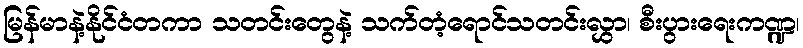
မြန်မာနဲ့နိုင်ငံတကာ သတင်းတွေနဲ့ သက်တံ့ရောင်သတင်းလွှာ၊ စီးပွားရေးကဏ္ဍ၊